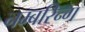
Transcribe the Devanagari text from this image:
नम्बरिन्ग